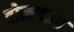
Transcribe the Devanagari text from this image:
वोळ्खावा